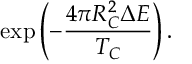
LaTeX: \mathrm { e x p } \left( - { \frac { 4 \pi R _ { C } ^ { 2 } \Delta { \cal E } } { T _ { C } } } \right) .